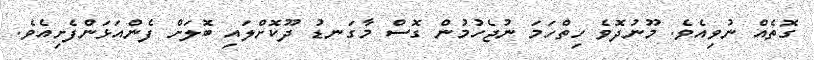
ގޮތެއް ނުވިއެވެ. މޫނުދޮވެ ހިތްހަމަ ނުޖެހުމުން ގޮސް މާގަނޑު ދޫކޮށްލައި ބޮލަށް ފެންއަޅަންފެށިއެވެ.